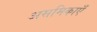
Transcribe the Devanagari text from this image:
असमिकाएँ